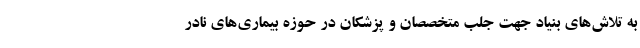
به تلاش‌های بنیاد جهت جلب متخصصان و پزشکان در حوزه بیماری‌های نادر